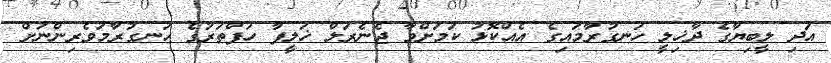
އަދި ލީބިޔާގެ ދާޚިލީ ހަނގުރާމައިގެ އެއްކޮޅު ކަމަށްވާ ޖެނެރަލް ޚަލީފާ ހަފްތަރުގެ ހަނގުރާމަވެރިންނަށް